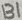
Text: B1